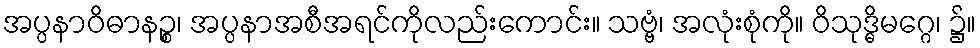
အပ္ပနာဝိဓာနဉ္စ၊ အပ္ပနာအစီအရင်ကိုလည်းကောင်း။ သဗ္ဗံ၊ အလုံးစုံကို။ ဝိသုဒ္ဓိမဂ္ဂေ၊ ၌။